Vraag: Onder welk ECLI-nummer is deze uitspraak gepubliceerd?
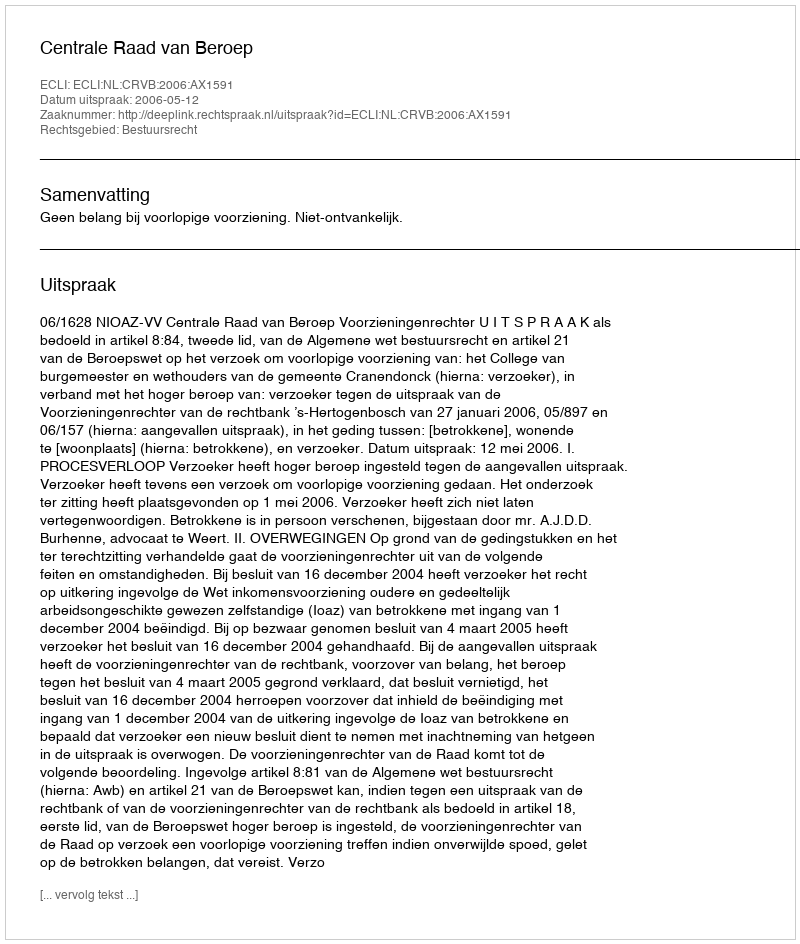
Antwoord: ECLI:NL:CRVB:2006:AX1591